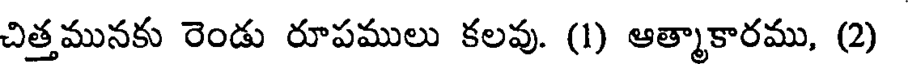
చిత్తమునకు రెండు రూపములు కలవు. (1) ఆత్మాకారము, (2)